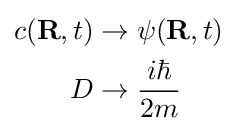
{\begin{aligned}c(\mathbf {R} ,t)&\to \psi (\mathbf {R} ,t)\\D&\to {\frac {i\hbar }{2m}}\end{aligned}}